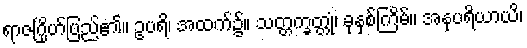
ရာဇဂြိုဟ်ပြည်၏။ ဥပရိ၊ အထက်၌။ သတ္တက္ခတ္တုံ၊ ခုနှစ်ကြိမ်။ အနုပရိယာယိ၊